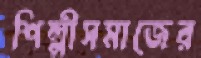
শিল্পীসমাজের